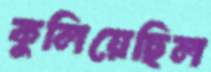
কুলিয়েছিল